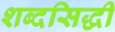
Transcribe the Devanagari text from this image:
शब्दसिद्धी